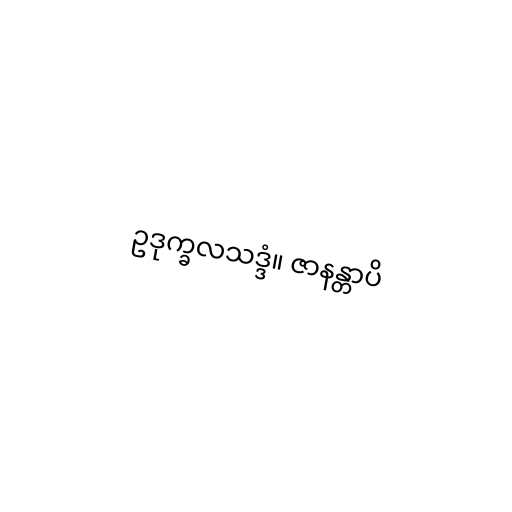
ဥဒုက္ခလသဒ္ဒံ။ ဇာနန္တာပိ